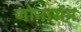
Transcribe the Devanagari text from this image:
जोनासेन